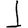
Digit: 1